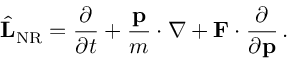
{ \hat { \mathbf { L } } } _ { \mathrm { N R } } = { \frac { \partial } { \partial t } } + { \frac { \mathbf { p } } { m } } \cdot \nabla + \mathbf { F } \cdot { \frac { \partial } { \partial \mathbf { p } } } \, .